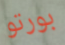
بورتو